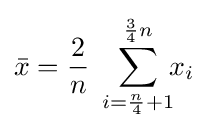
{\bar {x}}={\frac {2}{n}}\;\sum _{i={\frac {n}{4}}+1}^{{\frac {3}{4}}n}\!\!x_{i}